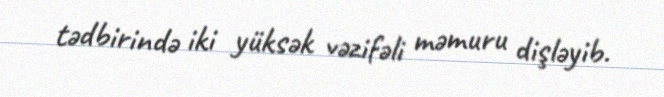
tədbirində iki yüksək vəzifəli məmuru dişləyib.